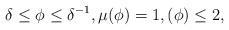
LaTeX: \begin{align*} \delta\leq \phi\leq \delta^{-1}, \mu(\phi)=1, (\phi)\leq 2, \end{align*}